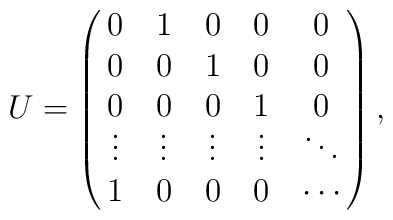
U=\left (\matrix{0 & 1 & 0 & 0 & 0\cr0 & 0 & 1 & 0 & 0\cr0 & 0 & 0 & 1 & 0\cr\vdots & \vdots & \vdots & \vdots & \ddots\cr1 & 0 & 0 & 0 & \cdots\cr}\right ) ,